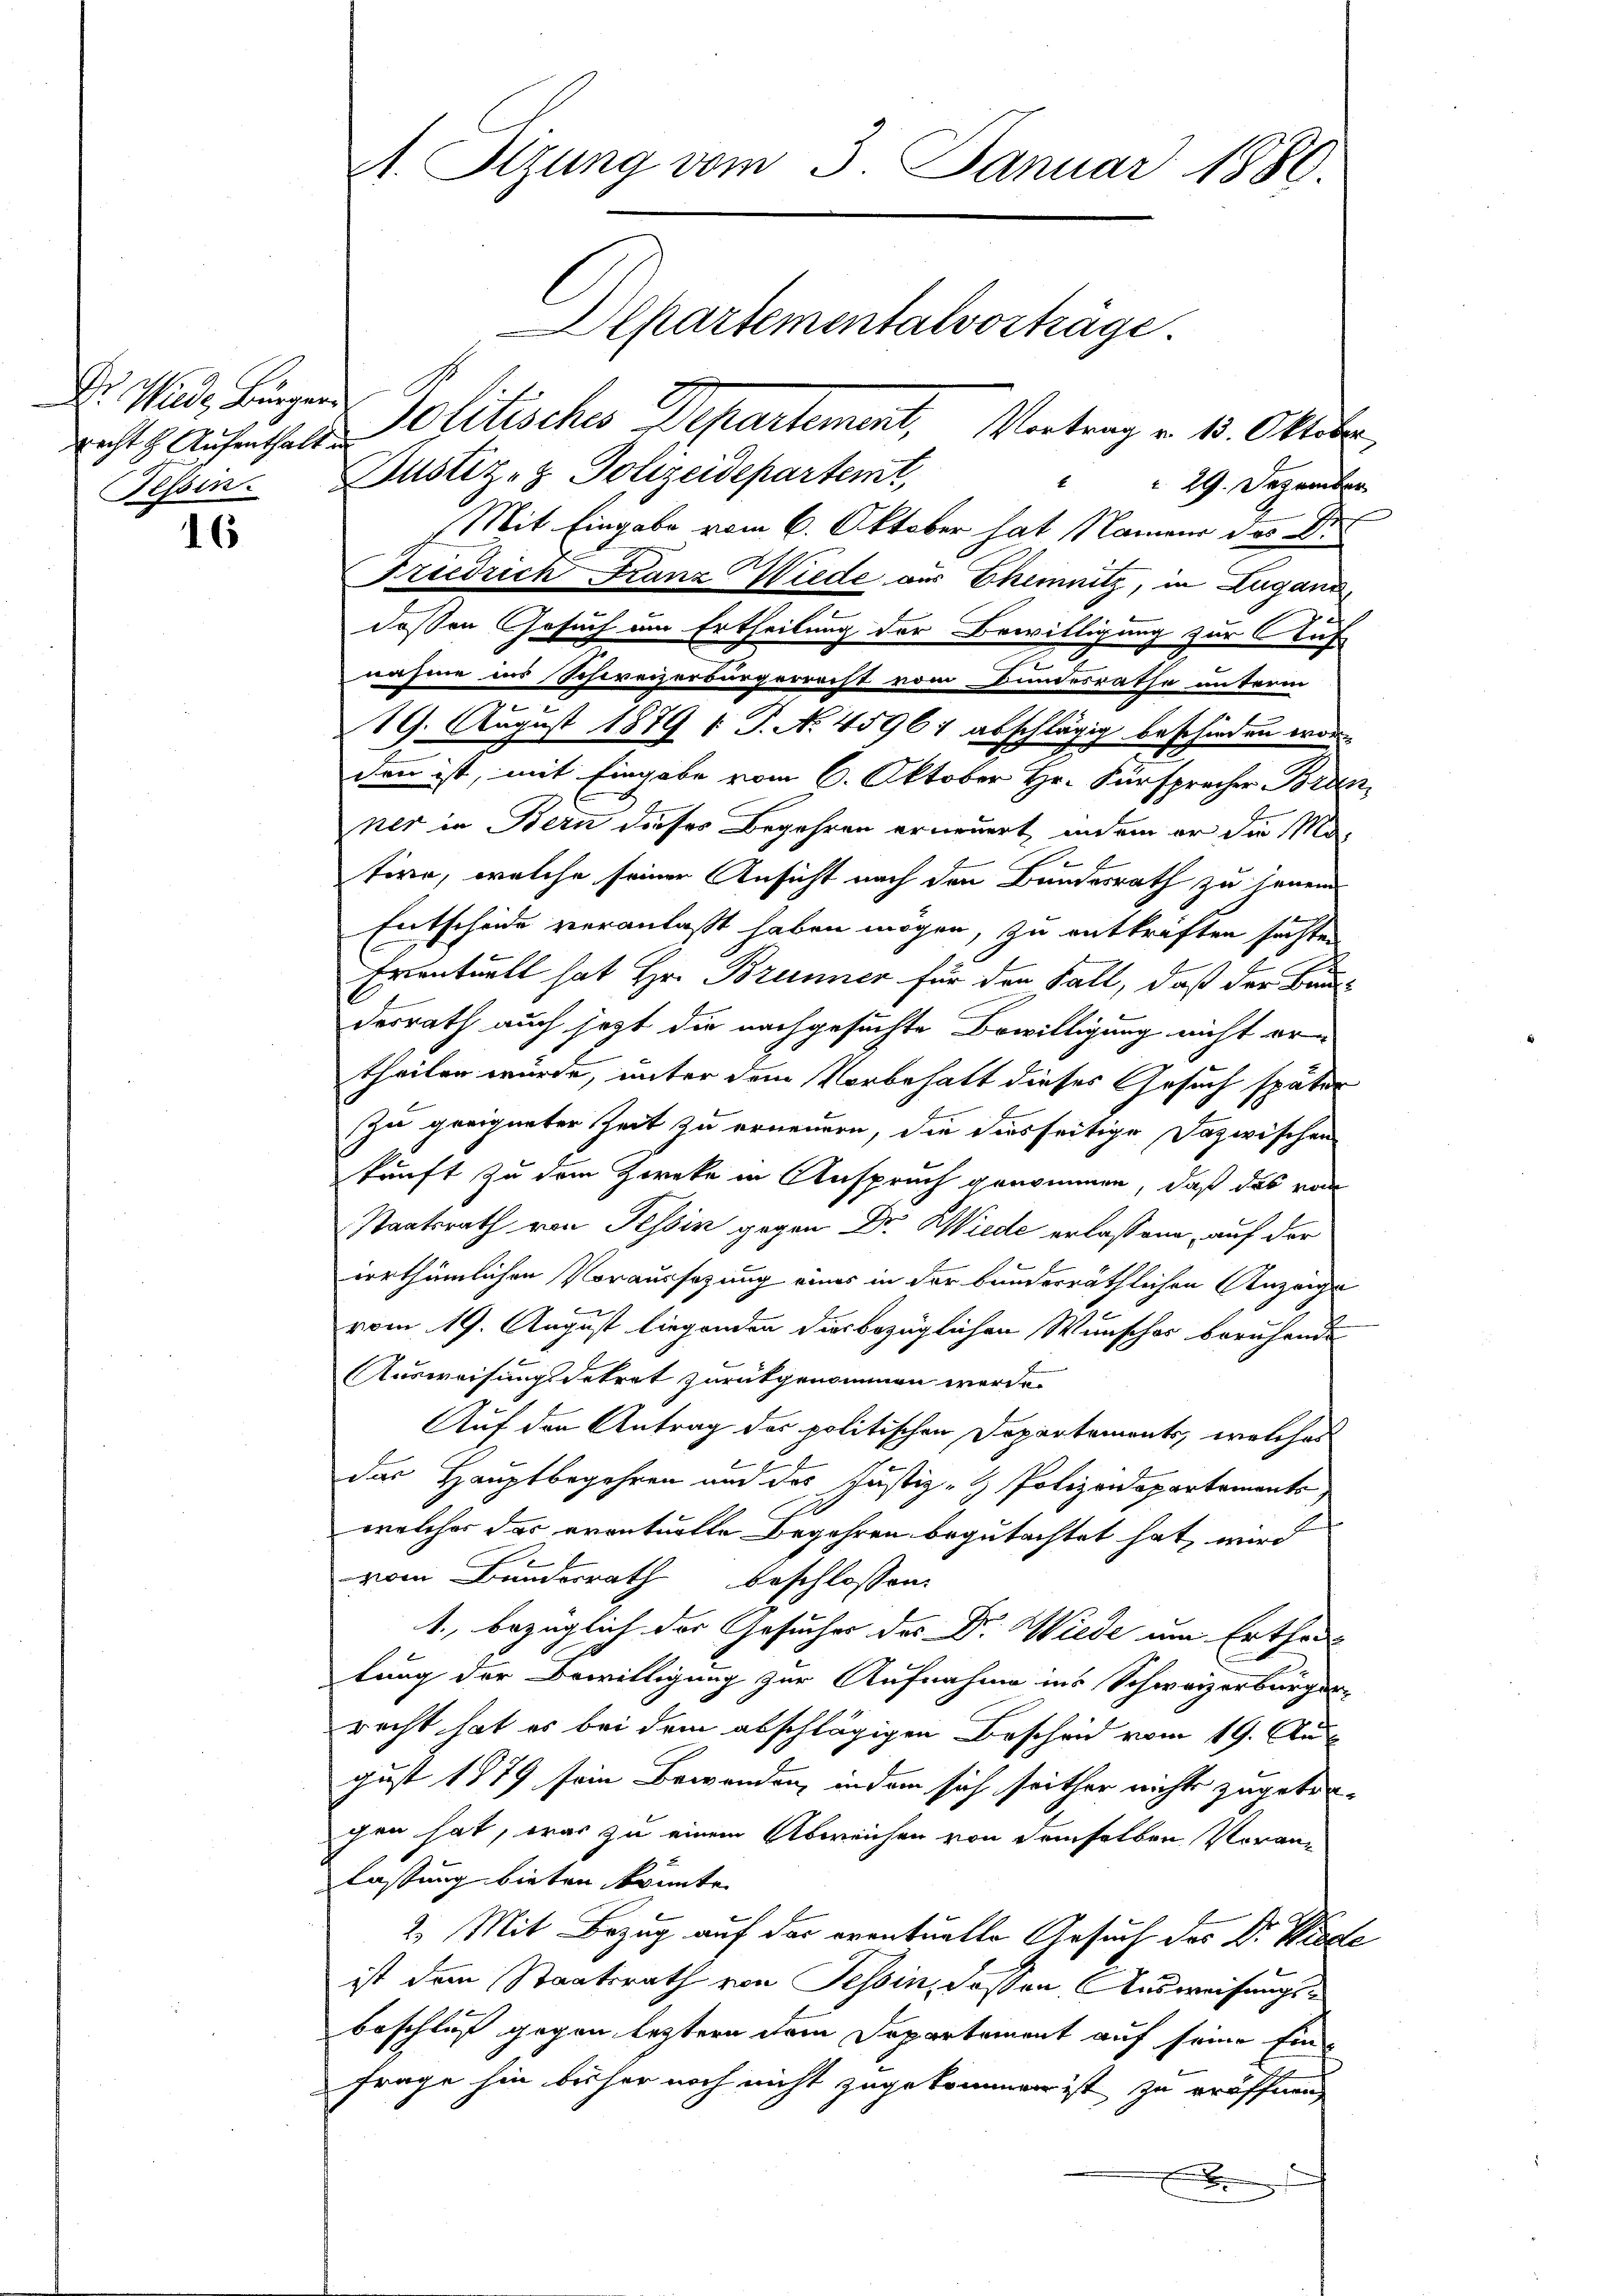
recht z. Aufenthalt an

16

A. Sizung vom 3. Januar 1880.

Dr. Wir Bürger Politisches Departement, Vortrag v. 1. Oktober,
Tessin. Justiz- & Polizeidepartem,
 29. Dezember
Mit Eingabe vom 6. Oktober hat Namens des Dr.
Friedrich Franz Wiede aus Chemnitz, in Lugand,
n
dessen Gesuch um Ertheilung der Bewilligung zur Auf
nahme ins Schweizerbürgerrecht vom Bundesrathe unterm
19. August 1879 1 S. No. 45967 abschlägig beschieden wor
den ist, mit Eingabe vom 6. Oktober Hr. Fürspracher Bran
ner in Bern dieses Begehren erneuert, indem er die Motire, welche seiner Ansicht nach den Bundesrath zu jenein
Entscheide veranlaßt haben mögen, zu entkräften sichte,
Eventuell hat Hr. Brunner für den Fall, daß der Bau-
desrath auch jezt die nachgesuchte Bewilligung nicht ertheilen würde, unter dem Vorbehalt dieses Gesuch später
Zu geeigneter Zeit zu ernennen, die diesseitige Dazwischen
kunft zu dem Zwecke in Anspruch genommen, daß das von
Staatsrath von Tessin gegen Dr. Wiede erlassene, auf der
irrthümlichen Voraussezung eines in der bunderräthlichen Anzeige
vom 19. August liegenden diesbezüglichen Wunsches beruhende
Ausweisungsdekret zurückgenommen werde.
Auf den Antrag des politischen Departements, welches
das Hauptbegehren und des Justiz- & Polizeidepartements
welcher das eventuelle Begehren begutachtet hat, wird
vom Bundesrath beschlossen:
1., bezüglich der Gesucher des Dr. Wiede um Erthe
lung der Bewilligung zur Aufnahme ins Schweizerbürger
recht hat es bei dem abschlägigen Bescheid vom 19. Aus
gust 1879 sein Bewenden, indem sich seither nichts zugetrechen hat, war zu einem Abweichen von demselben Voranlassung bieten könnte.
2. Mit Bezug auf der eventuelle Gesuch des Dr. Wiede
ist dem Staatsrath von Tessin, dassen. Ausweisungsbeschluß gegen leztern dem Departement auf seine Ein¬
Frage hin bisher noch nicht zugekommen ist, zu eröffnen,
x

Departementalvorträge.